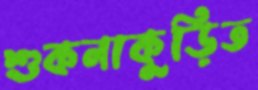
শুকনাকুড়িত